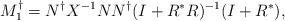
LaTeX: \begin{align*}M_{1}^{\dagger}=N^{\dagger}X^{-1}NN^{\dagger}(I+R^{\ast}R)^{-1}(I+R^{\ast}),\end{align*}